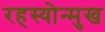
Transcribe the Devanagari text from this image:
रहस्योन्मुख